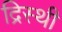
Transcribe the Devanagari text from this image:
द्रिस्थी